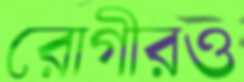
রোগীরও